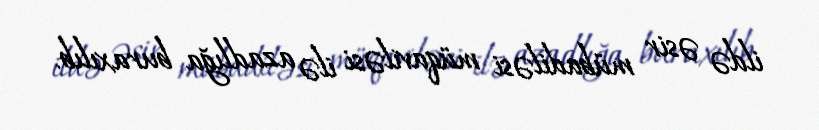
ildə əsir mübadiləsi müqaviləsi ilə azadlığa buraxılıb.